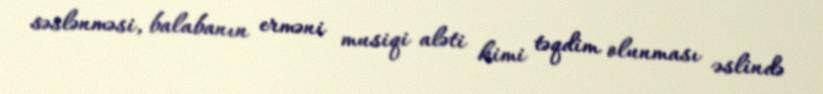
səslənməsi, balabanın erməni musiqi aləti kimi təqdim olunması əslində